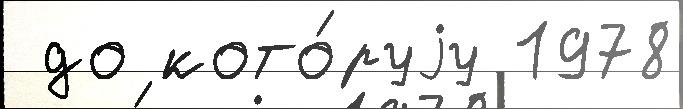
 до кото́руjу 1978